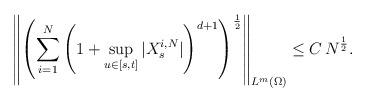
LaTeX: \begin{align*}\left\| \left(\sum_{i=1}^{N} \left(1+\sup_{u\in[s,t]} |X^{i,N}_{s}|\right)^{d+1} \right)^{\frac{1}{2}}\right\|_{L^m(\Omega)}\leq C\, N^{\frac{1}{2}} .\end{align*}